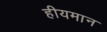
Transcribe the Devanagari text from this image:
हीयमान